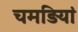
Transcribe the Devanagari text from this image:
चमड़ियां